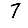
Digit: 7